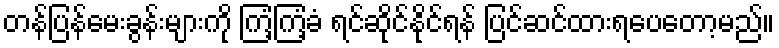
တန်ပြန်မေးခွန်းများကို ကြံ့ကြံ့ခံ ရင်ဆိုင်နိုင်ရန် ပြင်ဆင်ထားရပေတော့မည်။